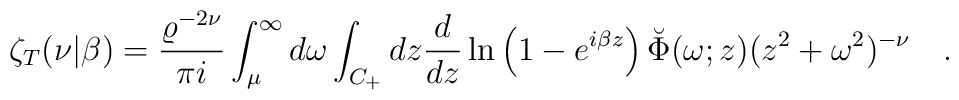
\zeta_T(\nu|\beta)={\varrho^{-2\nu} \over  \pi i}\int_{\mu}^{\infty} d\omega \int_{C_+} dz{d \over dz}\ln\left(1-e^{i\beta z}\right)\breve{\Phi}(\omega;z)(z^2+\omega^2)^{-\nu}~~~.